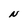
Character: N